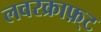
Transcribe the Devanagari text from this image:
लवरक्राफ़्ट